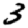
Digit: 3